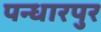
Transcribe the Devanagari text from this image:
पन्धारपुर